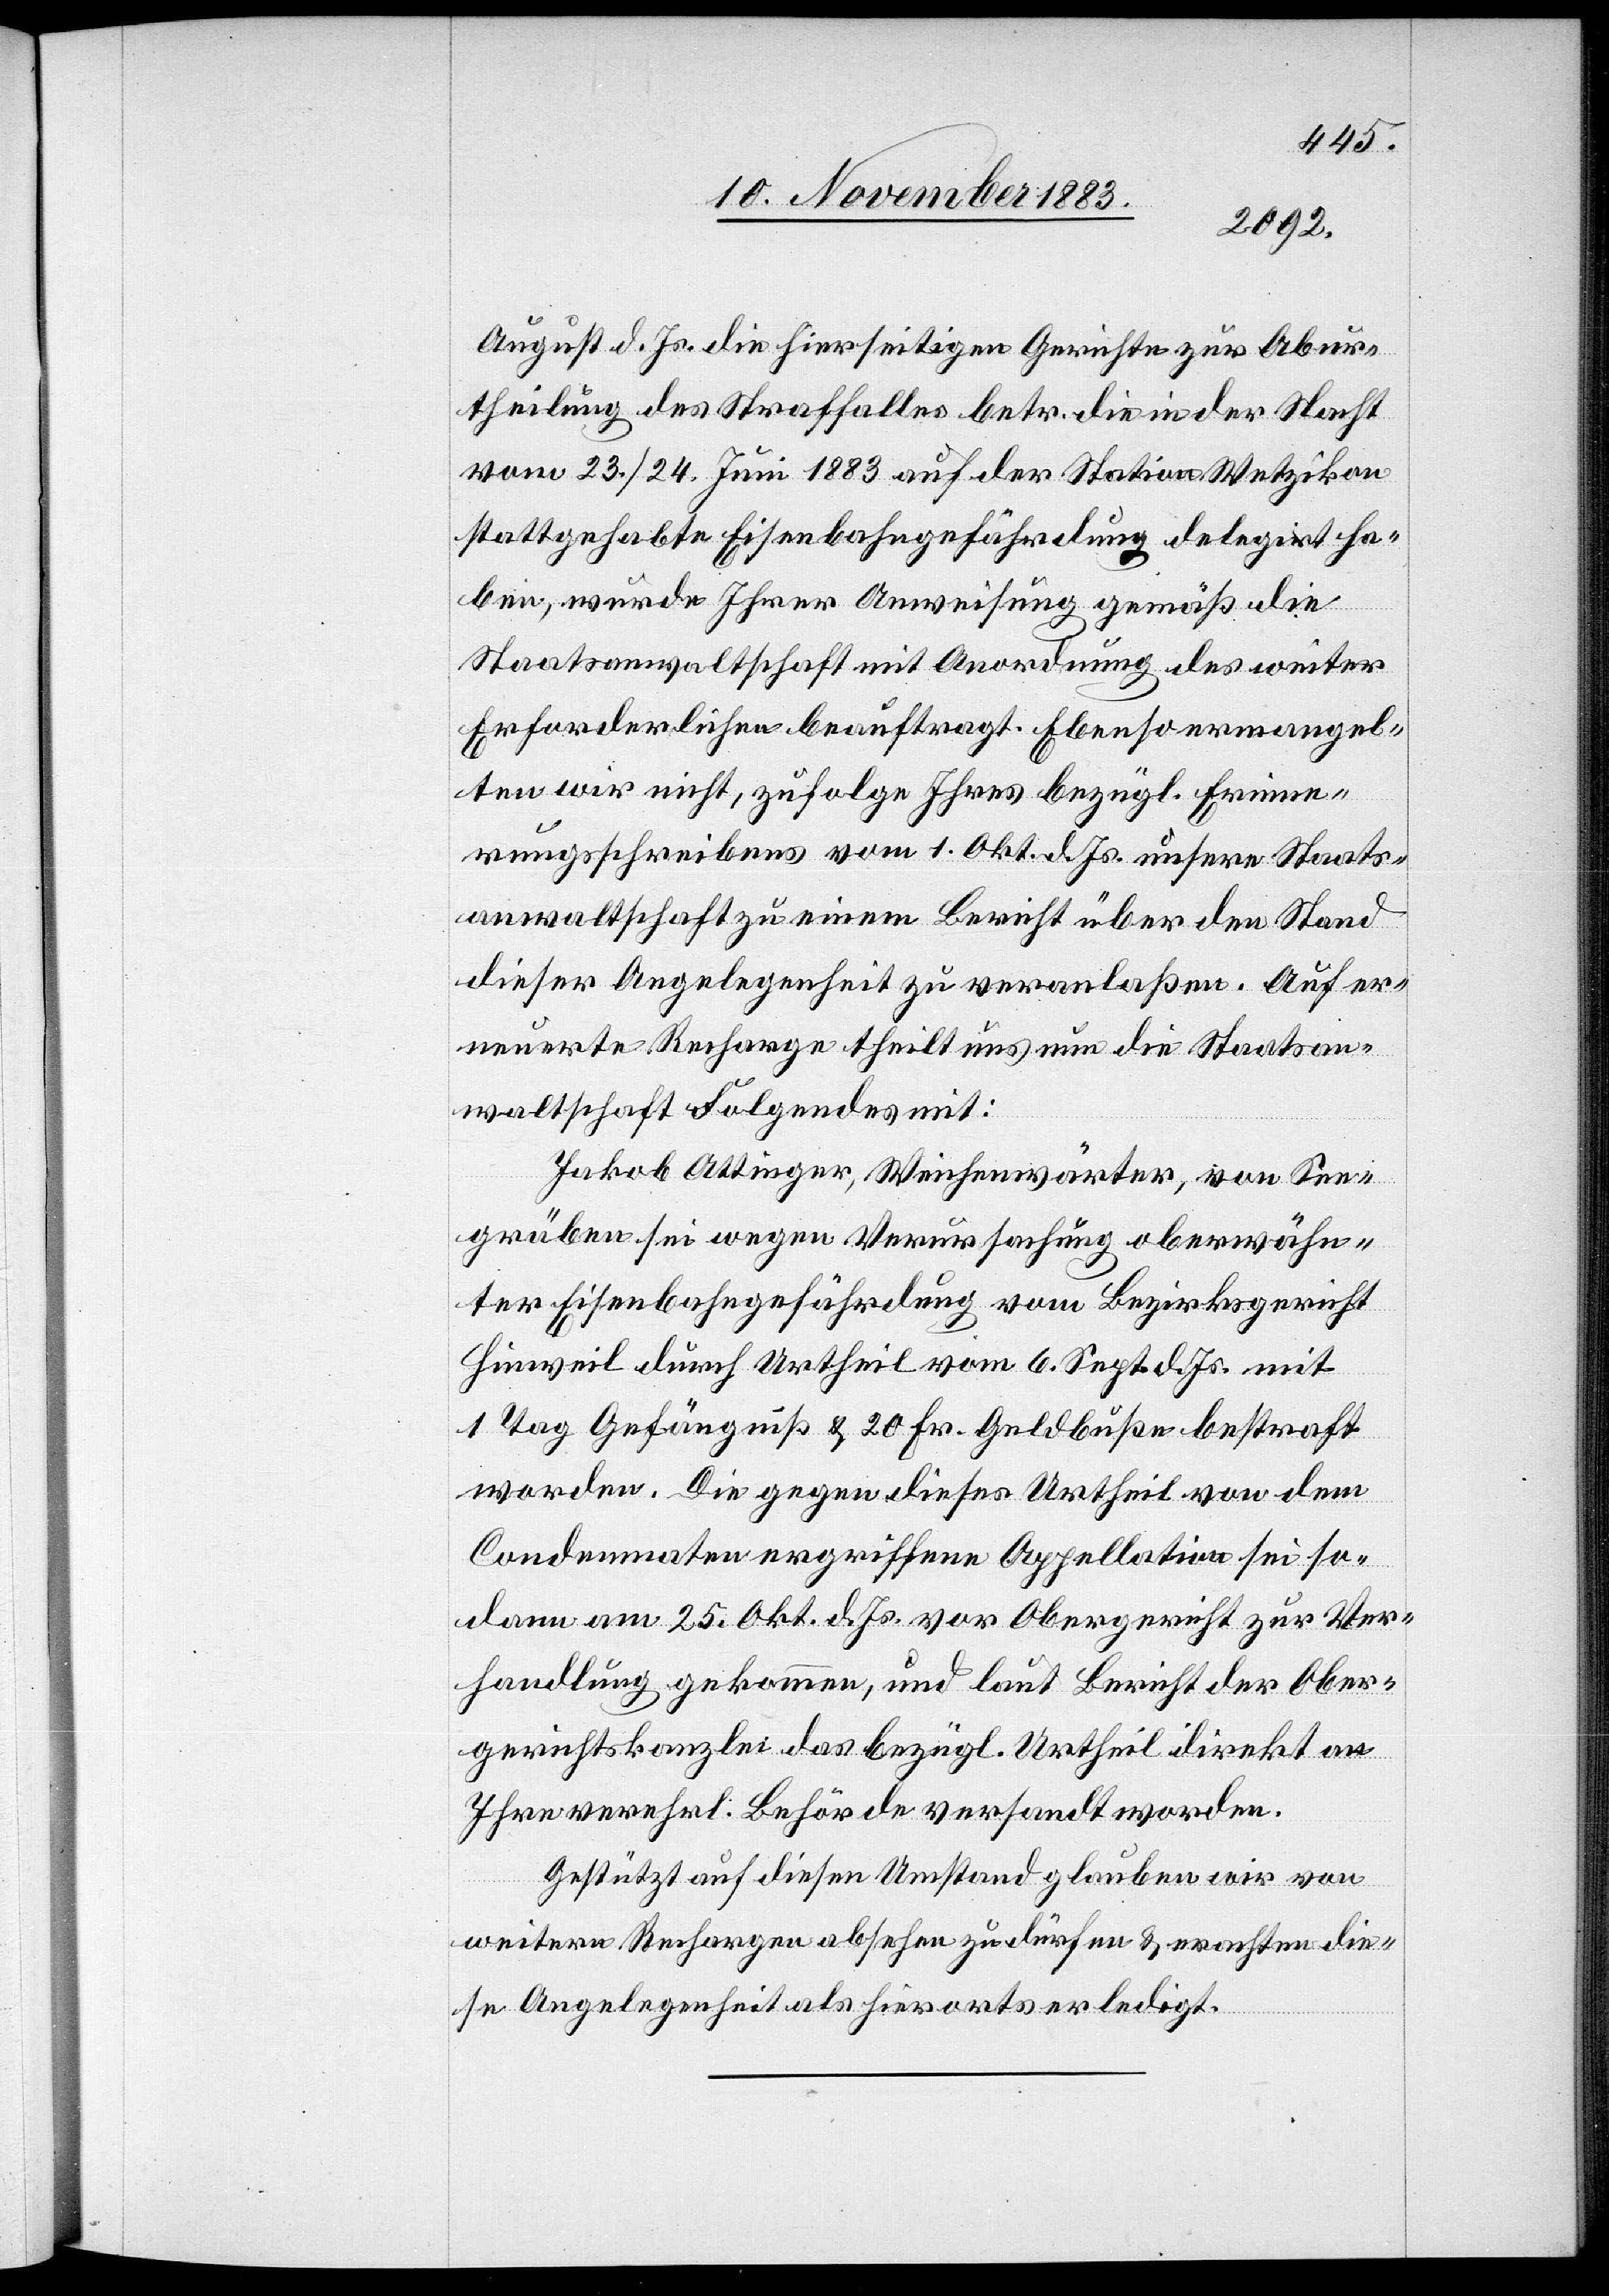
August d. Js. die hierseitigen Gerichte zur Abur¬
theilung des Straffalles betr. die in der Nacht
vom 23./24. Juni 1883 auf der Station Wetzikon
stattgehabte Eisenbahngefährdung delegirt ha¬
ben, wurde Ihrer Anweisung gemäß die
Staatsanwaltschaft mit Anordnung des weiter
Erforderlichen beauftragt. Ebenso ermangel¬
ten wir nicht, zufolge Ihres bezügl. Erinne¬
rungsschreibens vom 1. Okt. d. Js. unsere Staats¬
anwaltschaft zu einem Bericht über den Stand
dieser Angelegenheit zu veranlaßen. Auf er¬
neuerte Recharge theilt uns nun die Staatsan¬
waltschaft Folgendes mit:
Jakob Ottinger, Weichenwärter, von See¬
gräben sei wegen Verursachung oberwähn¬
ter Eisenbahngefährdung vom Bezirksgericht
Hinweil durch Urtheil vom 6. Sept. d. Js. mit
1 Tag Gefängniß & 20 Fr. Geldbuße bestraft
worden. Die gegen dieses Urtheil von dem
Condemnaten ergriffene Appellation sei so¬
dann am 25. Okt. d. Js vor Obergericht zur Ver¬
handlung gekommen, und laut Bericht der Ober¬
gerichtskanzlei das bezügl. Urtheil direkt an
Ihre verehrl. Behörde versandt worden.
Gestützt auf diesen Umstand glauben wir von
weitern Rechargen absehen zu dürfen & erachten die¬
se Angelegenheit als hierorts erledigt.